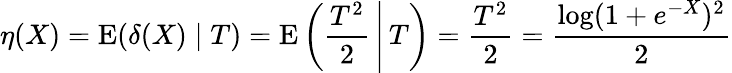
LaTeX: \eta(X)=\operatorname{E}(\delta(X)\mid T)=\operatorname{E}\left(\left.{\frac{T^{2}}{2}}\, \right|\, T\right)={\frac{T^{2}}{2}}={\frac{\log(1+e^{-X})^{2}}{2}}